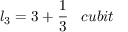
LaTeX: l _ { 3 } = 3 + { \frac { 1 } { 3 } } \; \; \; c u b i t